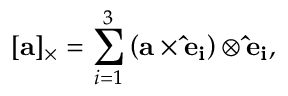
[ \mathbf { a } ] _ { \times } = \sum _ { i = 1 } ^ { 3 } \left( \mathbf { a } \times \mathbf { { \hat { e } } _ { i } } \right) \otimes \mathbf { { \hat { e } } _ { i } } ,